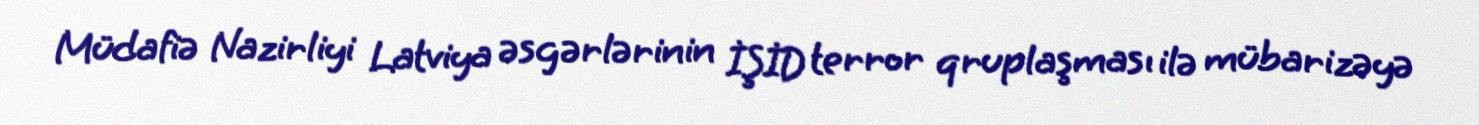
Müdafiə Nazirliyi Latviya əsgərlərinin İŞİD terror qruplaşması ilə mübarizəyə